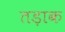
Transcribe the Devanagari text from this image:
तड़ाक